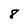
Character: 8